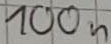
Text: 100n